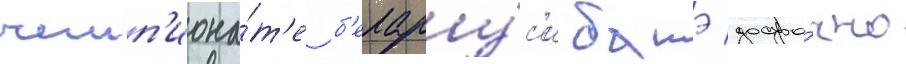
чемп'иона́т'е б'елару́с'и батэ досро́чно